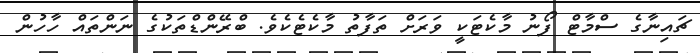
ޗައިނާގެ ސްމާޓް ފޯނު މާކެޓަކީ ވަރަށް ތަފާތު މާކެޓެކެވެ. ބްރޭންޑްތަކުގެ ނަންތައް ހާހުން